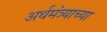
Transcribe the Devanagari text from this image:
अर्थमंत्र्याच्या